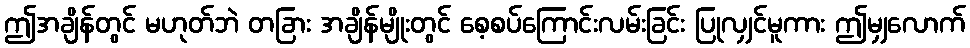
ဤအချိန်တွင် မဟုတ်ဘဲ တခြား အချိန်မျိုးတွင် စေ့စပ်ကြောင်းလမ်းခြင်း ပြုလျှင်မူကား ဤမျှလောက်